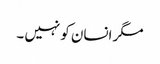
مگر انسان کو نہیں ۔